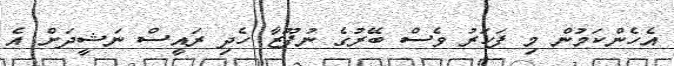
އެހެންކަމުން މި ފަހަރު ވެސް ބޭރުގެ ނުފޫޒާ ހެދި ރައީސް ނަޝީދަށް އެ